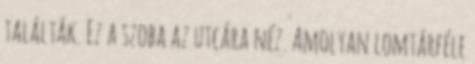
találták. Ez a szoba az utcára néz. Amolyan lomtárféle